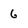
Character: 6